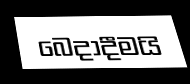
බෙදාදීමයි